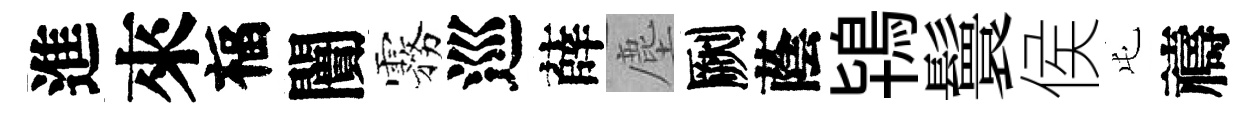
進來福闠霧巡薛塵劂蔭鴇鬟侯屯禱